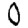
Digit: 0